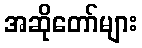
အဆိုတော်များ